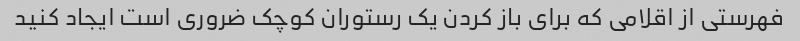
فهرستی از اقلامی که برای باز کردن یک رستوران کوچک ضروری است ایجاد کنید